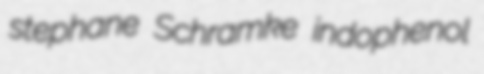
stephane Schramke indophenol